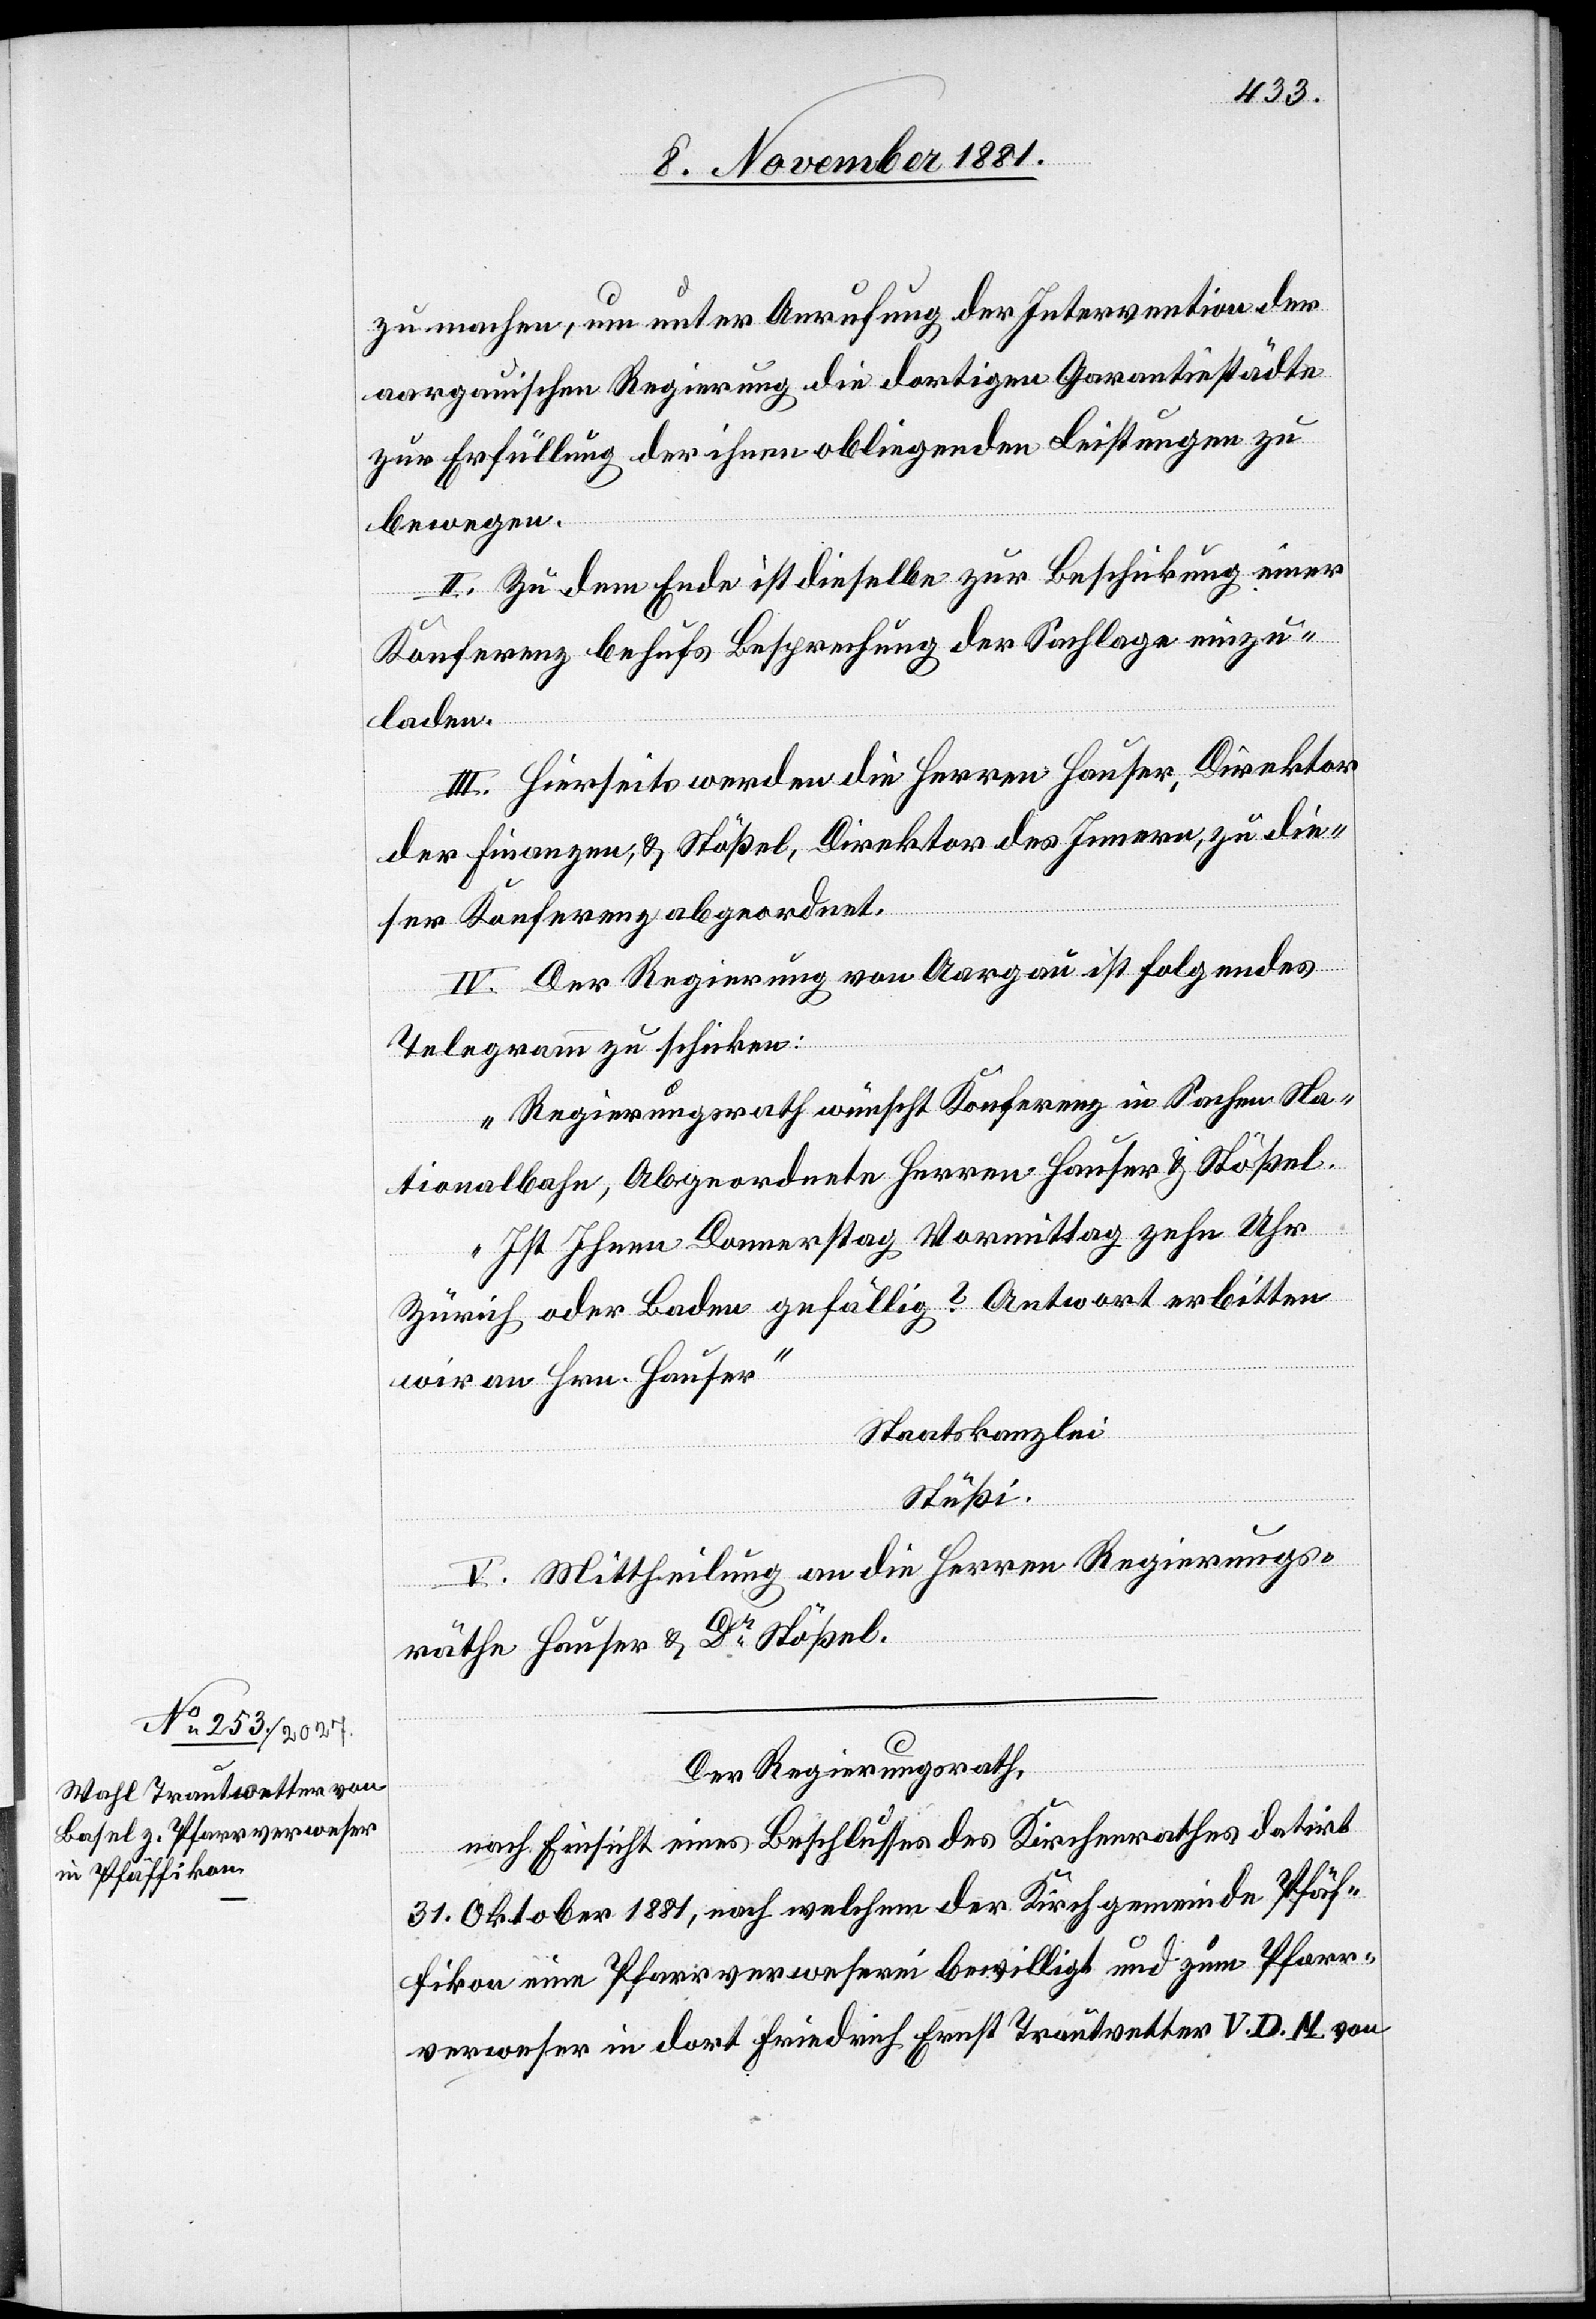
zu machen, um unter Anrufung der Intervention der
aargauischen Regierung die dortigen Garantiestädte
zur Erfüllung der ihnen obliegenden Leistungen zu
bewegen.
II. Zu dem Ende ist dieselbe zur Beschickung einer
Konferenz behufs Besprechung der Sachlage einzu¬
laden.
III. Hierseits werden die Herren Hauser, Direktor
der Finanzen, & Stößel, Direktor des Innern, zu die¬
ser Konferenz abgeordnet.
IV. Der Regierung von Aargau ist folgendes
Telegramm zu schicken:
„Regierungsrath wünscht Konferenz in Sachen Na¬
tionalbahn, Abgeordnete Herren Hauser & Stößel.
Ist Ihnen Donnerstag Vormittag zehn Uhr
Zürich oder Baden gefällig? Antwort erbitten
wir an Hrn. Hauser.“
Staatskanzlei
Stüßi.
V. Mittheilung an die Herren Regierungs¬
räthe Hauser & Dr Stößel.
Der Regierungsrath,
nach Einsicht eines Beschlusses des Kirchenrathes datirt
31. Oktober 1881, nach welchem der Kirchgemeinde Pfäf¬
fikon eine Pfarrverweserei bewilligt und zum Pfarr¬
verweser in dort Friedrich Ernst Trautwetter V. D. M. von